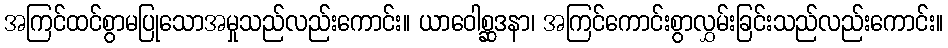
အကြင်ထင်စွာမပြုသောအမှုသည်လည်းကောင်း။ ယာဝေါစ္ဆဒနာ၊ အကြင်ကောင်းစွာလွှမ်းခြင်းသည်လည်းကောင်း။